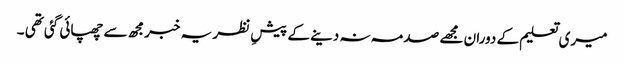
میری تعلیم کے دوران مجھے صدمہ نہ دینے کے پیشِ نظر یہ خبرمجھ سے چھپائی گئی تھی ۔